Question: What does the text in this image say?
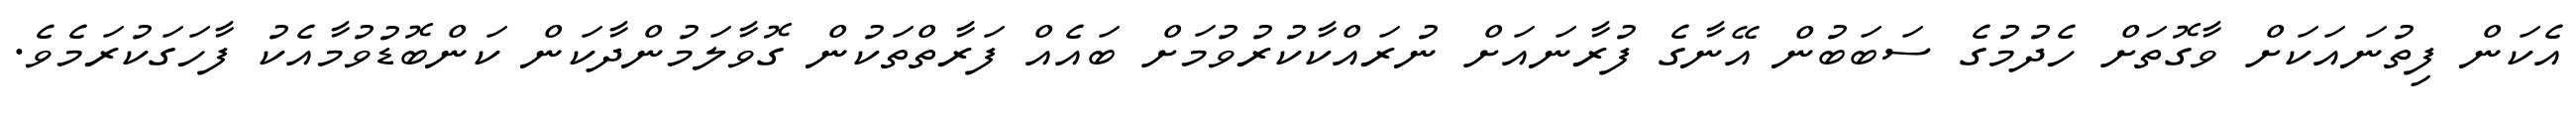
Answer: އެކަން ފިތުނައަކަށް ވާގޮތަށް ހެދުމުގެ ސަބަބުން އޭނާގެ ފުރާނައަށް ނުރައްކާކުރުވުމަށް ބައެއް ފަރާތްތަކުން ގޮވާލަމުންދާކަން ކަންބޮޑުވުމާއެކު ފާހަގަކުރަމެވެ.